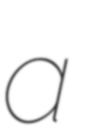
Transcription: a